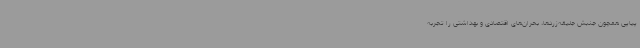
پیاپی همچون جنبش جلیقه‌زردها، بحران‌های اقتصادی و بهداشتی را تجربه